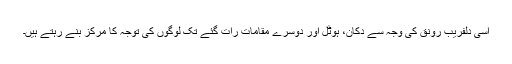
اسی دلفریب رونق کی وجہ سے دُکان، ہوٹل اور دوسرے مقامات رات گئے تک لوگوں کی توجہ کا مرکز بنے رہتے ہیں۔